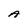
Character: A